Plague in India, 1896, 1897 - Volume 3
Year: 1896
Disease focus: Plague
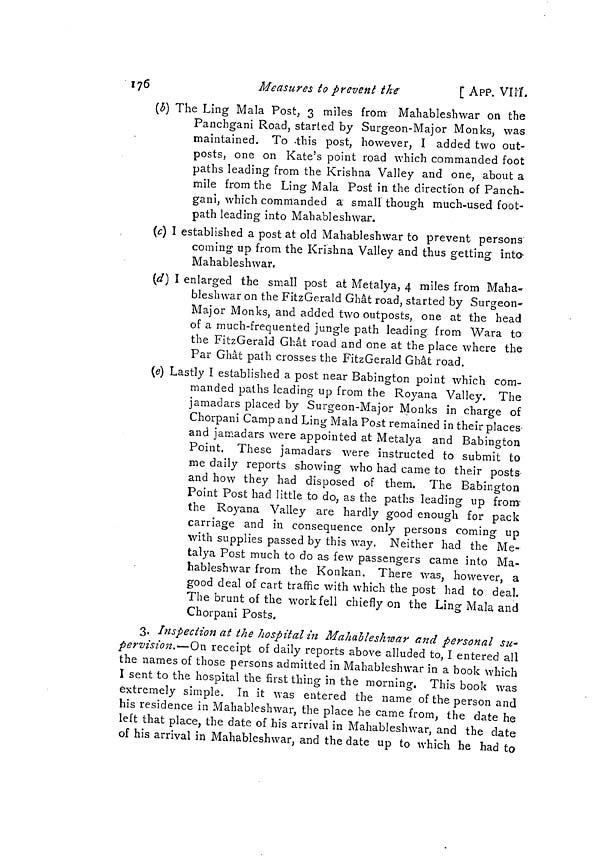
176
Measures to prevent the
[ APP. VIII
(b) The Ling Mala Post, 3 miles from Mahableshwar on the
Panchgani Road, started by Surgeon-Major Monks, was
maintained. To this post, however, I added two out-
posts, one on Kate's point road which commanded foot
paths leading from the Krishna Valley and one, about a
mile from the Ling Mala Post in the direction of Panch-
gani, which commanded a small though much-used foot-
path leading into Mahableshwar.
(c) I established a post at old Mahableshwar to prevent- persons
coming up from the Krishna Valley and thus getting into
Mahableshwar,
(d) I enlarged the small post at Metalya, 4 miles from Maha-
bleshwar on the FitzGerald Ghat road, started by Surgeon-
Major Monks, and added two outposts, one at the head
of a much-frequented jungle path leading from Wara to
the FitzGerald Ghat road and one at the place where the
Par Ghat path crosses the FitzGerald Ghat road.
(e) Lastly I established a post near Babington point which com-
manded paths leading up from the Royana Valley. The
jamadars placed by Surgeon-Major Monks in charge of
Chorpani Camp and Ling Mala Post remained in their places'
and jamadars were appointed at Metalya and Babington
Point. These jamadars were instructed to submit to
me daily reports showing who had came to their posts-
and how they had disposed of them. The Babington
Point Post had little to do, as the paths leading up from
the Royana Valley are hardly good enough for pack
carriage and in consequence only persons coming up
with supplies passed by this way. Neither had the Me-
talya Post much to do as few passengers came into Ma-
hableshwar from the Konkan. There was, however, a
good deal of cart traffic with which the post had to deal.
The brunt of the work fell chiefly on the Ling Mala and
Chorpani Posts.
3. Inspection at the hospital in Mahableshwar and personal su-
pervision.—On receipt of daily reports above alluded to, I entered all
the names of those persons admitted in Mahableshwar in a book which
I sent to the hospital the first thing in the morning. This book was
extremely simple. In it was entered the name of the person and
his residence in Mahableshwar, the place he came from, the date he
left that place, the date of his arrival in Mahableshwar, and the date
of his arrival in Mahableshwar, and the date up to which he had to